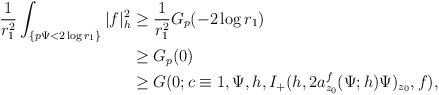
LaTeX: \begin{align*} \frac{1}{r_1^2}\int_{\{p\Psi<2\log r_1\}}|f|^2_h&\ge \frac{1}{r_1^2}G_{p}(-2\log r_1)\\ &\ge G_{p}(0)\\ &\ge G(0;c\equiv1,\Psi,h,I_+(h,2a_{z_0}^f(\Psi;h)\Psi)_{z_0},f), \end{align*}